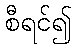
စီရင်၍